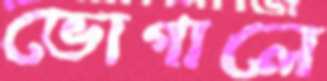
ভোগালে